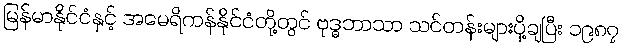
မြန်မာနိုင်ငံနှင့် အမေရိကန်နိုင်ငံတို့တွင် ဗုဒ္ဓဘာသာ သင်တန်းများပို့ချပြီး ၁၉၈၇